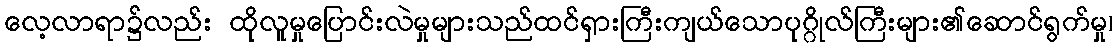
လေ့လာရာ၌လည်း ထိုလူမှုပြောင်းလဲမှုများသည်ထင်ရှားကြီးကျယ်သောပုဂ္ဂိုလ်ကြီးများ၏ဆောင်ရွက်မှု၊